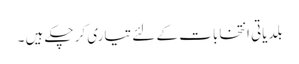
بلدیاتی انتخابات کے لئے تیاری کر چکے ہیں ۔